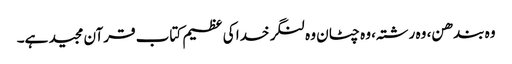
وہ بندھن، وہ رشتہ، وہ چٹان وہ لنگر خدا کی عظیم کتاب قرآن مجید ہے۔